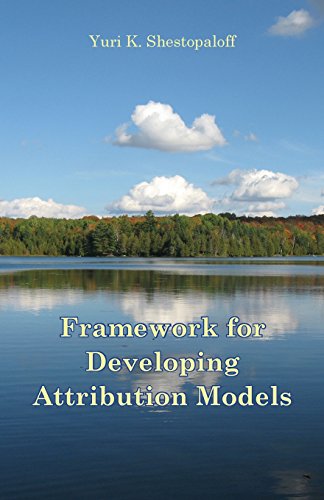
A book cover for Framework for Developing Attribution Models. Symmetrical Arithmetic and Geometric Attribution; Yuri K Shestopaloff; Business & Money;